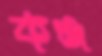
কঞ্জ